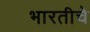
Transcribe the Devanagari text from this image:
भारतीचे